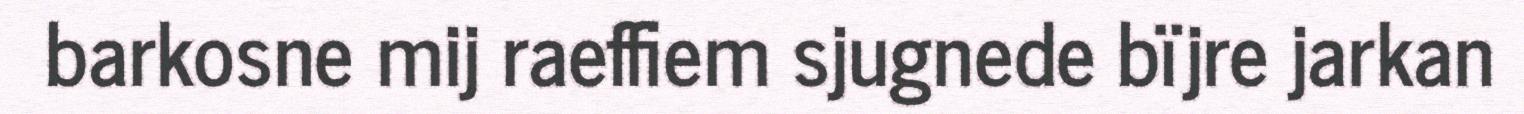
barkosne mij raeffiem sjugnede bïjre jarkan